Indian Civil Veterinary Department memoirs
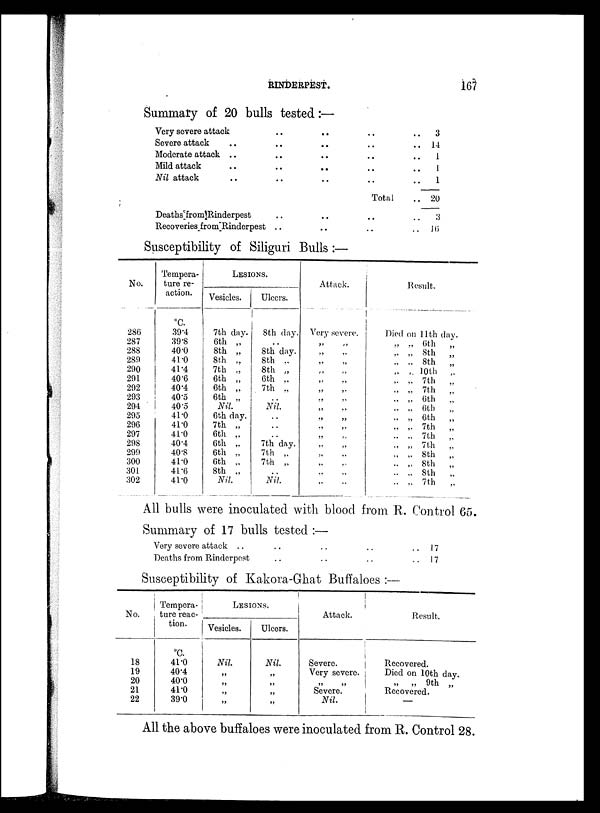
RINDERPEST.
167
Summary of 20 bulls tested:—
Very severe attack
Severe attack ..
Moderate attack ..
Mild attack ..
Nil attack ..
Deaths from Rinderpest
Recoveries from Rinderpest
..
..
..
..
..
..
..
..
..
..
..
..
..
..
..
..
..
..
..
Total
..
..
..
3
.. 14
.. 1
.. 1
.. 1
.. 20
.. 3
.. 16
Susceptibility of Siliguri Bulls:—
No.
286
287
288
289
290
291
292
293
294
295
296
297
298
299
300
301
302
Tempera-
ture re-
action.
ºC.
39.4
39.8
40.0
41.0
41.4
40.6
40.4
40.5
40.5
41.0
41.0
41.0
40.4
40.8
41.0
41.6
41.0
LESIONS.
Vesicles.
7th day.
6th „
8th „
8th „
7th „
6th „
6th „
6th „
Nil.
6th day.
7th „
6th „
6th „
6th „
6th „
8th „
Nil
Ulcers.
8th day.
..
8th day.
8th „
8th „
6th „
7th „
..
Nil.
..
..
..
7th day.
7th „
7th „
..
Nil.
Attack.
Very severe.
„ „
„ „
„ „
„ „
„ „
„ „
„ „
„ „
„ „
„ „
„ „
„ „
„ „
„ „
„ „
„ „
Result.
Died on 11th day.
„ „ 6th
„
„ „ 8th
„
„ „ 8th
„
„ „ 10th
„
„ „ 7th
„
„ „ 7th
„
„ „ 6th
„
„ „ 6th „
„ „ 6th
„
„ „ 7th
„
„ „ 7th
„
„ „ 7th
„
„ „ 8th
„
„ „ 8th
„
„ „ 8th
„
„ „ 7th
„
All bulls were inoculated with blood from R. Control 65.
Summary of 17 bulls tested:—
Very severe attack ..
Deaths from Rinderpest
..
..
..
..
..
..
..
..
17
17
Susceptibility of Kakora-Ghat Buffaloes:—
No.
18
19
20
21
22
Tempera-
ture reac-
tion.
ºC
41.0
40.4
40.0
41.0
39.0
LESIONS.
Vesicles.
Nil.
„
„
„
„
Ulcers.
Nil.
„
„
„
„
Attack.
Severe.
Very severe.
„ „
Severe.
Nil.
Result,
Recovered.
Died on 10th day.
„ „ 9th „
Recovered.
—
All the above buffaloes were inoculated from R. Control 28.